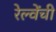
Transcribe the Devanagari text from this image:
रेल्वेंची